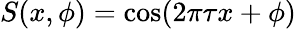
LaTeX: S(x,\phi)=\cos(2\pi\tau x+\phi)